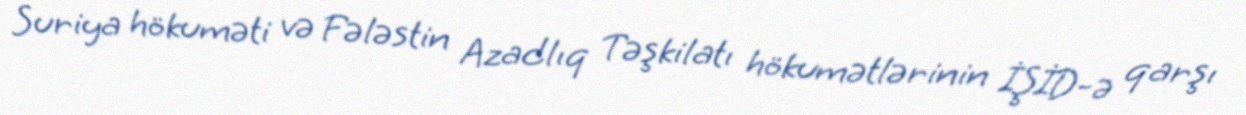
Suriya hökuməti və Fələstin Azadlıq Təşkilatı hökumətlərinin İŞİD-ə qarşı